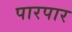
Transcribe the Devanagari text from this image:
पारपार